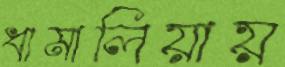
ধামালিয়ায়